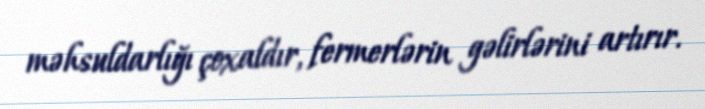
məhsuldarlığı çoxaldır, fermerlərin gəlirlərini artırır.